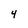
Character: 4